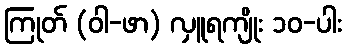
ကြုတ် (ဝါ-ဖာ) လှူရကျိုး ၁၀-ပါး